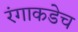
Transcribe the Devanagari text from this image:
रंगाकडेच